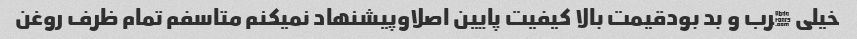
خیلی ڇرب و بد بودقیمت بالا کیفیت پایین اصلاوپیشنهاد نمیکنم متاسفم تمام ظرف روغن